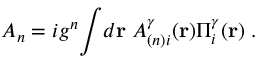
{ \cal A } _ { n } = i g ^ { n } { \int } d { \bf r } \; { \cal { A } } _ { ( n ) i } ^ { \gamma } ( { \bf { r } } ) \Pi _ { i } ^ { \gamma } ( { \bf { r } } ) \; .